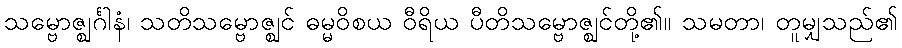
သမ္ဗောဇ္ဈင်္ဂါနံ၊ သတိသမ္ဗောဇ္ဈင် ဓမ္မဝိစယ ဝီရိယ ပီတိသမ္ဗောဇ္ဈင်တို့၏။ သမတာ၊ တူမျှသည်၏